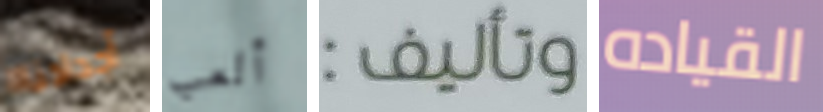
أجدادنا ألعب وتأليف: القياده